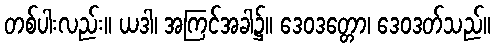
တစ်ပါးလည်း။ ယဒါ၊ အကြင်အခါ၌။ ဒေဝဒတ္တော၊ ဒေဝဒတ်သည်။